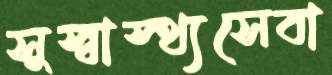
সুস্বাস্থ্যসেবা